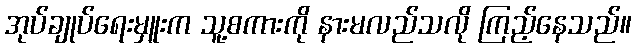
အုပ်ချုပ်ရေးမှူးက သူ့စကားကို နားမလည်သလို ကြည့်နေသည်။